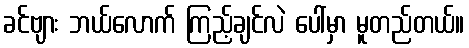
ခင်ဗျား ဘယ်လောက် ကြည့်ချင်လဲ ပေါ်မှာ မူတည်တယ်။